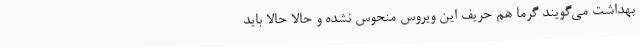
بهداشت می‌گویند گرما هم حریف این ویروس منحوس نشده و حالا حالا باید